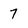
Character: 7